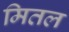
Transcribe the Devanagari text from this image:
मितल